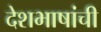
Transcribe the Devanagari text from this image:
देशभाषांची